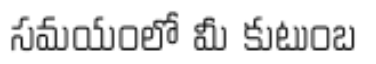
సమయంలో మీ కుటుంబ